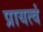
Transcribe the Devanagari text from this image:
प्रायत्वं